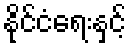
နိုင်ငံရေးနှင့်